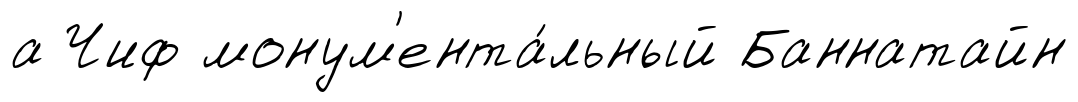
а Чиф монум'ента́льный Баннатайн